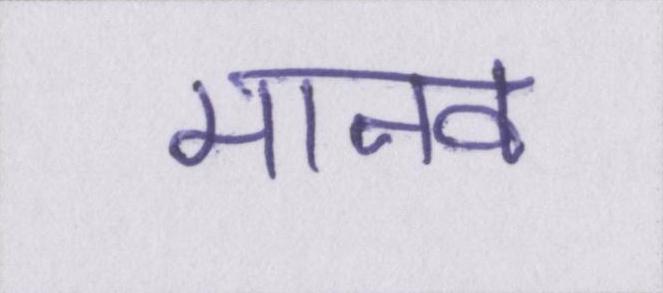
मानव